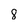
Character: 8